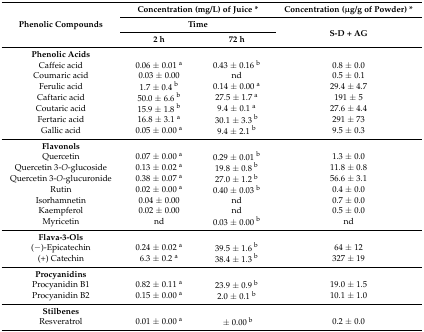
<table><thead><tr><td rowspan="3"><b>Phenolic Compounds</b></td><td colspan="2"><b>Concentration (mg/L) of Juice *</b></td><td><b>Concentration (μg/g of Powder) *</b></td></tr><tr><td colspan="2"><b>Time</b></td><td rowspan="2"><b>S-D + AG</b></td></tr><tr><td><b>2 h</b></td><td><b>72 h</b></td></tr></thead><tbody><tr><td><b>Phenolic Acids</b></td><td>[EMPTY_CELL]</td><td>[EMPTY_CELL]</td><td>[EMPTY_CELL]</td></tr><tr><td>Caffeic acid</td><td>0.06 ± 0.01 <sup>a</sup></td><td>0.43 ± 0.16 <sup>b</sup></td><td>0.8 ± 0.0 </td></tr><tr><td>Coumaric acid</td><td>0.03 ± 0.00 </td><td>nd</td><td>0.5 ± 0.1 </td></tr><tr><td>Ferulic acid</td><td>1.7 ± 0.4 <sup>b</sup></td><td>0.14 ± 0.00 <sup>a</sup></td><td>29.4 ± 4.7 </td></tr><tr><td>Caftaric acid</td><td>50.0 ± 6.6 <sup>b</sup></td><td>27.5 ± 1.7 <sup>a</sup></td><td>191 ± 5 </td></tr><tr><td>Coutaric acid</td><td>15.9 ± 1.8 <sup>b</sup></td><td>9.4 ± 0.1 <sup>a</sup></td><td>27.6 ± 4.4 </td></tr><tr><td>Fertaric acid</td><td>16.8 ± 3.1 <sup>a</sup></td><td>30.1 ± 3.3 <sup>b</sup></td><td>291 ± 73</td></tr><tr><td>Gallic acid</td><td>0.05 ± 0.00 <sup>a</sup></td><td>9.4 ± 2.1 <sup>b</sup></td><td>9.5 ± 0.3 </td></tr><tr><td><b>Flavonols</b></td><td>[EMPTY_CELL]</td><td>[EMPTY_CELL]</td><td>[EMPTY_CELL]</td></tr><tr><td>Quercetin</td><td>0.07 ± 0.00 <sup>a</sup></td><td>0.29 ± 0.01 <sup>b</sup></td><td>1.3 ± 0.0 </td></tr><tr><td>Quercetin 3-<i>O</i>-glucoside</td><td>0.13 ± 0.02 <sup>a</sup></td><td>19.8 ± 0.8 <sup>b</sup></td><td>11.8 ± 0.8 </td></tr><tr><td>Quercetin 3-<i>O</i>-glucuronide</td><td>0.38 ± 0.07 <sup>a</sup></td><td>27.0 ± 1.2 <sup>b</sup></td><td>56.6 ± 3.1 </td></tr><tr><td>Rutin</td><td>0.02 ± 0.00 <sup>a</sup></td><td>0.40 ± 0.03 <sup>b</sup></td><td>0.4 ± 0.0 </td></tr><tr><td>Isorhamnetin</td><td>0.04 ± 0.00 </td><td>nd </td><td>0.7 ± 0.0 </td></tr><tr><td>Kaempferol</td><td>0.02 ± 0.00 </td><td>nd </td><td>0.5 ± 0.0 </td></tr><tr><td>Myricetin</td><td>nd</td><td>0.03 ± 0.00 <sup>b</sup></td><td>nd </td></tr><tr><td><b>Flava-3-Ols</b></td><td>[EMPTY_CELL]</td><td>[EMPTY_CELL]</td><td>[EMPTY_CELL]</td></tr><tr><td>(−)-Epicatechin</td><td>0.24 ± 0.02 <sup>a</sup></td><td>39.5 ± 1.6 <sup>b</sup></td><td>64 ± 12 </td></tr><tr><td>(+) Catechin</td><td>6.3 ± 0.2 <sup>a</sup></td><td>38.4 ± 1.3 <sup>b</sup></td><td>327 ± 19 </td></tr><tr><td><b>Procyanidins</b></td><td>[EMPTY_CELL]</td><td>[EMPTY_CELL]</td><td>[EMPTY_CELL]</td></tr><tr><td>Procyanidin B1</td><td>0.82 ± 0.11 <sup>a</sup></td><td>23.9 ± 0.9 <sup>b</sup></td><td>19.0 ± 1.5 </td></tr><tr><td>Procyanidin B2</td><td>0.15 ± 0.00 <sup>a</sup></td><td>2.0 ± 0.1 <sup>b</sup></td><td>10.1 ± 1.0 </td></tr><tr><td><b>Stilbenes</b></td><td>[EMPTY_CELL]</td><td>[EMPTY_CELL]</td><td>[EMPTY_CELL]</td></tr><tr><td>Resveratrol</td><td>0.01 ± 0.00 <sup>a</sup></td><td>± 0.00 <sup>b</sup></td><td>0.2 ± 0.0 </td></tr></tbody></table>